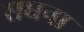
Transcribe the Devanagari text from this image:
सघना